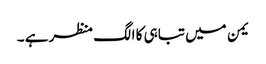
یمن میں تباہی کا الگ منظر ہے ۔